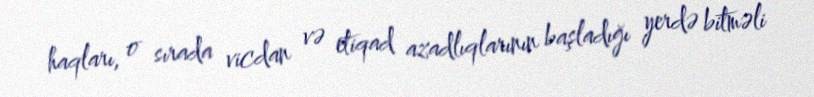
haqları, o sırada vicdan və etiqad azadlıqlarının başladığı yerdə bitməli